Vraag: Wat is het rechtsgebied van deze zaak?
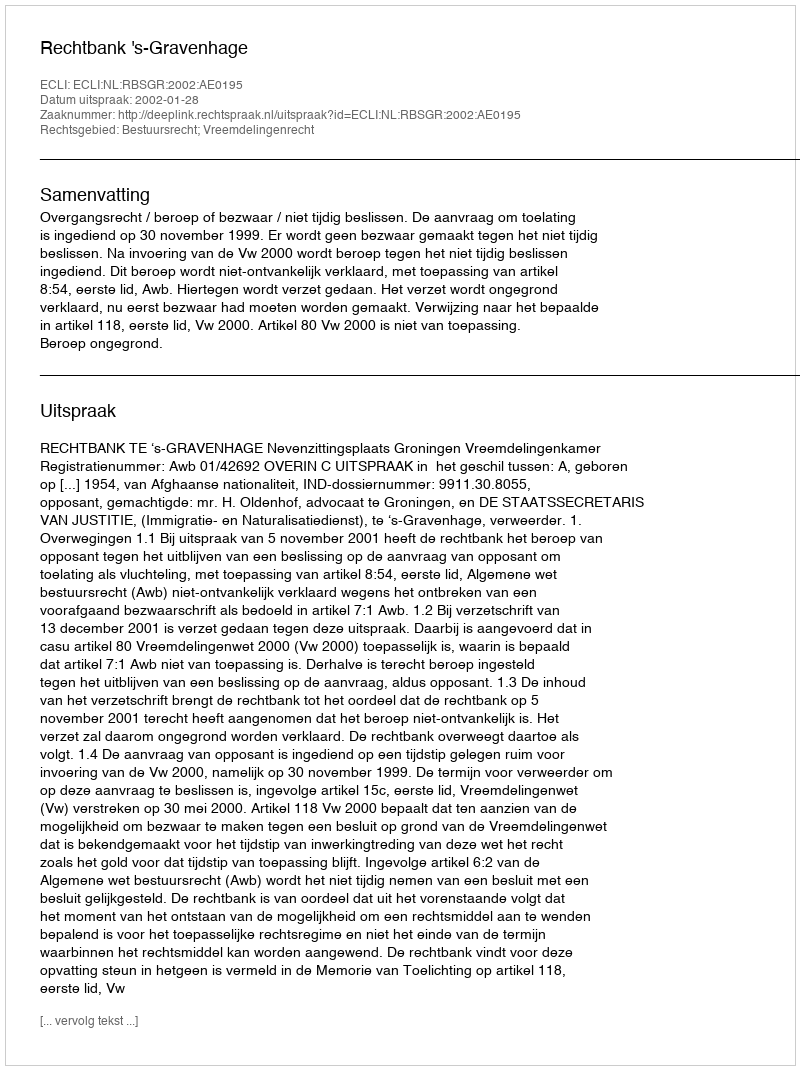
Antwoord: Bestuursrecht; Vreemdelingenrecht